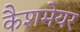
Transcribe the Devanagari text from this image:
कैशमेयर